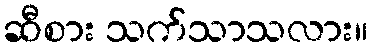
ဆီစား သက်သာသလား။